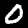
Digit: 0